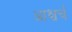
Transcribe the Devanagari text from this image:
आश्चर्च